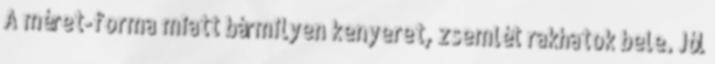
A méret-forma miatt bármilyen kenyeret, zsemlét rakhatok bele. Jól